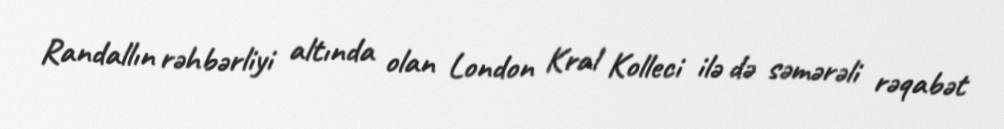
Randallın rəhbərliyi altında olan London Kral Kolleci ilə də səmərəli rəqabət